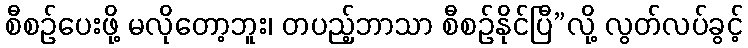
စီစဉ်ပေးဖို့ မလိုတော့ဘူး၊ တပည့်ဘာသာ စီစဉ်နိုင်ပြီ”လို့ လွတ်လပ်ခွင့်